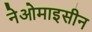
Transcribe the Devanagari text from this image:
नेओमाइसीन